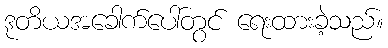
ဒုတိယအခေါက်ပေါ်တွင် ရေးထားခဲ့သည်။